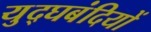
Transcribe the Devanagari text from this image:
युद्घबंदियों